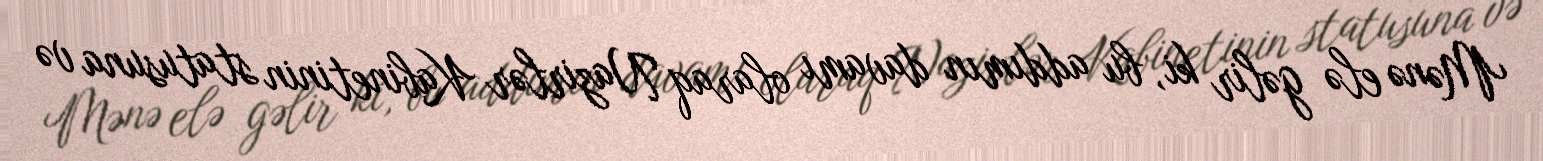
Mənə elə gəlir ki, bu addımın davamı olaraq Nazirlər Kabinetinin statusuna və